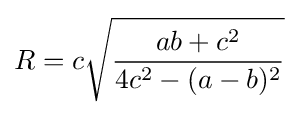
R=c{\sqrt {\frac {ab+c^{2}}{4c^{2}-(a-b)^{2}}}}